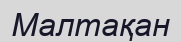
Малтақан